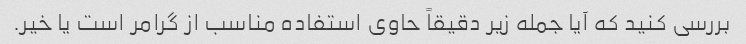
بررسی کنید که آیا جمله زیر دقیقاً حاوی استفاده مناسب از گرامر است یا خیر.